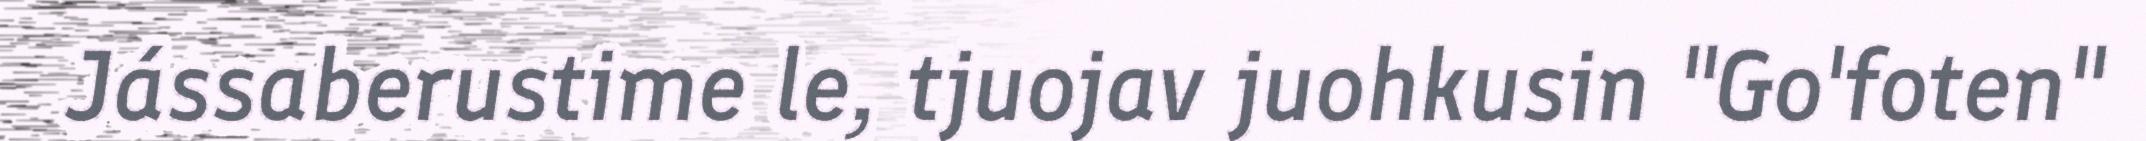
Jássaberustime le, tjuojav juohkusin "Go'foten"